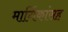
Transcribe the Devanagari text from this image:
मार्गिकांसह